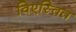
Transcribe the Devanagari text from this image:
विएस्तित